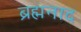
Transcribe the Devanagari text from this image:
ब्रह्मनाद